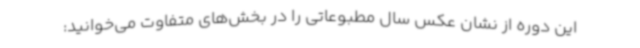
این دوره از نشان عکس سال مطبوعاتی را در بخش‌های متفاوت می‌خوانید: